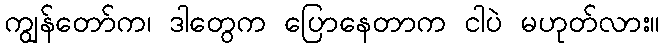
ကျွန်တော်က၊ ဒါတွေက ပြောနေတာက ငါပဲ မဟုတ်လား။